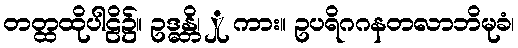
တတ္ထထိုပါဠိ၌။ ဥဒ္ဓန္တိ၊ ှု ကား။ ဥပရိဂဂနတလာဘိမုခံ၊